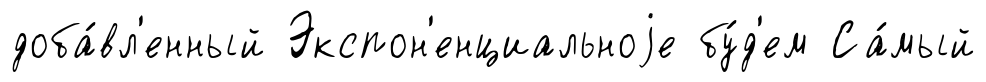
доба́вл'енный Экспон'енциальноjе бу́д'ем Са́мый